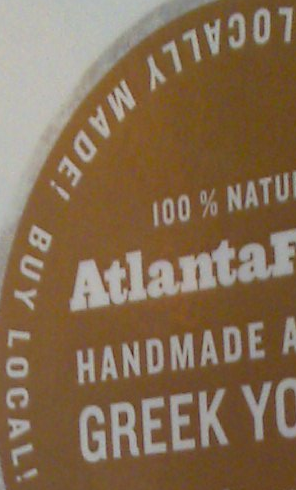
LOCALLY MADE! BUY LOCAL!